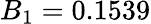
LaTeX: B_{1}=0.1539